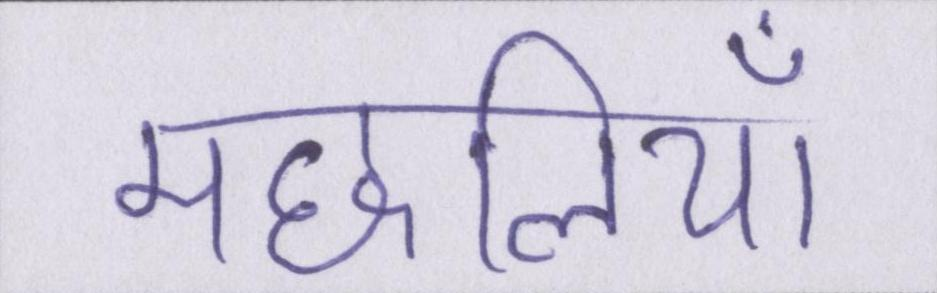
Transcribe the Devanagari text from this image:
मछलियाँ